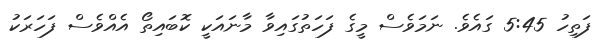
ފަތިހު 5:45 ގައެވެ. ނަމަވެސް މީގެ ފަހަތުގައިވާ މާނައަކީ ކޮބައިތޯ އެއްވެސް ފަހަރަކު